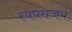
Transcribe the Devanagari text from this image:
स्वपराजय